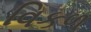
વિકળ